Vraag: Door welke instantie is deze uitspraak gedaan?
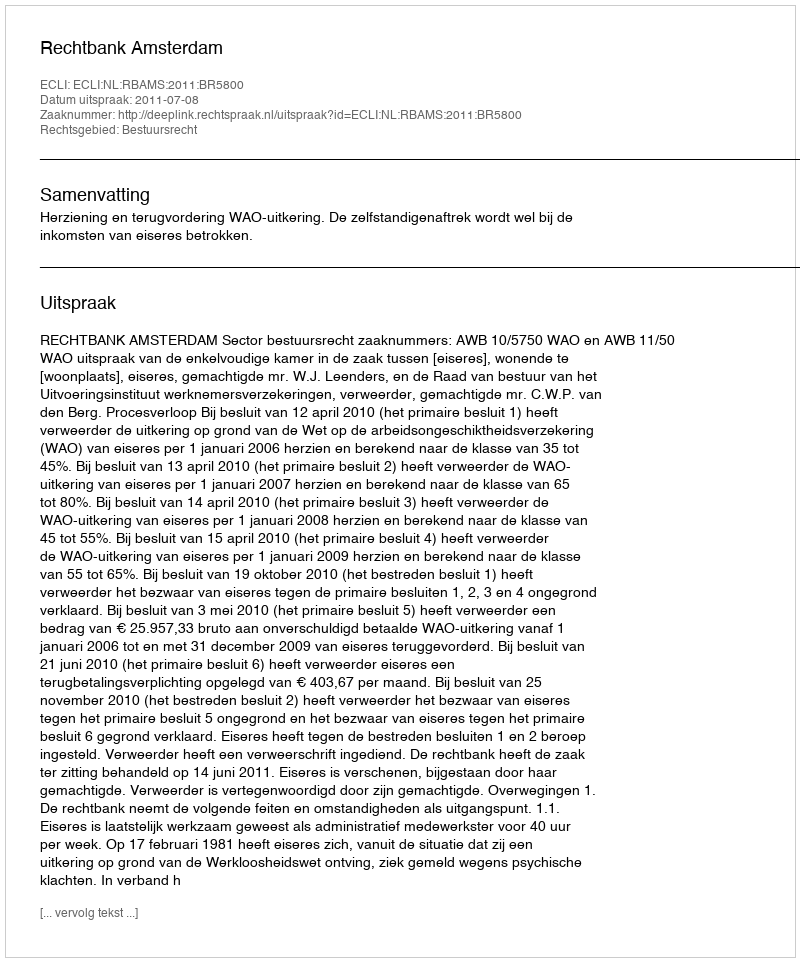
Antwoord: Rechtbank Amsterdam